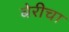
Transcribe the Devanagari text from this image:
बेरीचा